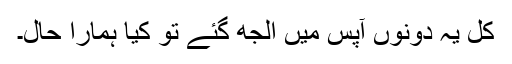
کل یہ دونوں آپس میں الجھ گئے تو کیا ہمارا حال۔